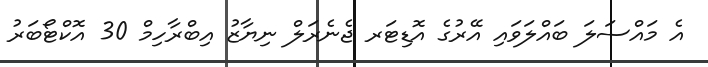
އެ މައްސަލަ ބައްލަވައި އޭރުގެ އޮޑިޓަރ ޖެނެރަލް ނިޔާޒު އިބްރާހިމް 30 އޮކްޓޯބަރު